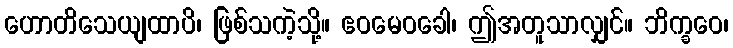
ဟောတိသေယျထာပိ၊ ဖြစ်သကဲ့သို့။ ဧဝမေဝခေါ၊ ဤအတူသာလျှင်။ ဘိက္ခဝေ၊